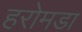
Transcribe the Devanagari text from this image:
हरोमडा